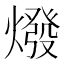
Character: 𤏋